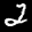
Label: 2